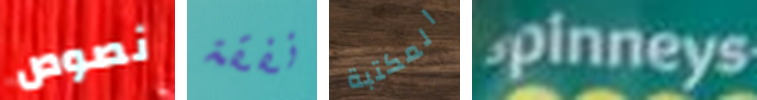
نصوص نفقة المكتبة spinneys